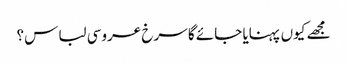
مجھے کیوں پہنایا جائے گا سرخ عروسی لباس؟